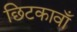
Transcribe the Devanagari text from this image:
छिटकावाँ